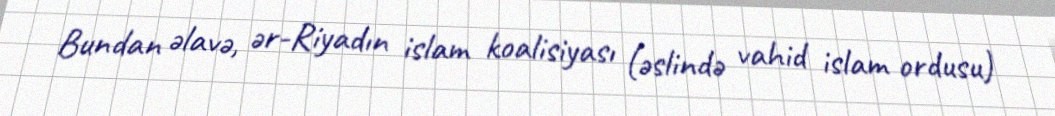
Bundan əlavə, ər-Riyadın islam koalisiyası (əslində vahid islam ordusu)